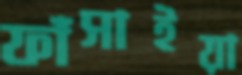
ফাঁসাইয়া